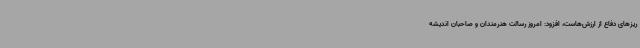
ریزهای دفاع از ارزش‌هاست، افزود: امروز رسالت هنرمندان و صاحبان اندیشه